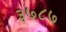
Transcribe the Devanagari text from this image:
३७८७